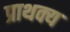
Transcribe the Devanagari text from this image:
प्राथक्य